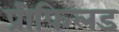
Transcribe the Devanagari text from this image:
प्रीफिलड